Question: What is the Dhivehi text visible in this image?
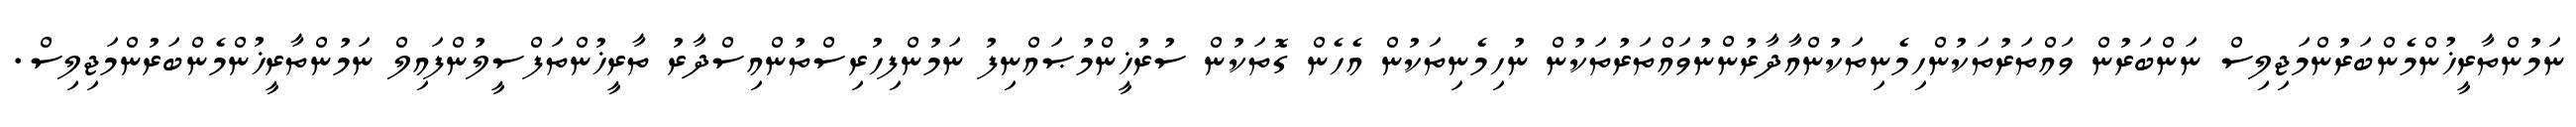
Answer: ނަމުންތާރީޚުންމެންބަރުންމަޖިލިސް ނަންބަރުން ވައްތަރުތަކުންހިމެނިތަކުންއާދާރުންނުވައްތަރުތަކުން ނުހިމެނިތަކުން އެހެން ގޮތަކުން ސުރުޚީންމުޞައްނިފު ނަމުންފިހުރިސްތުންއިސްދާރު ތާރީޚުންތަފްސީލުންފައިލް ނަމުންތާރީޚުންމެންބަރުންމަޖިލިސް.